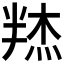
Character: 𰅼